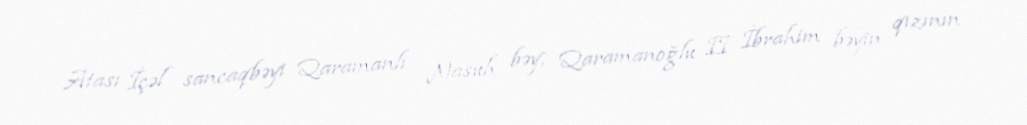
Atası İçəl sancaqbəyi Qaramanlı Nasuh bəy, Qaramanoğlu II İbrahim bəyin qızının